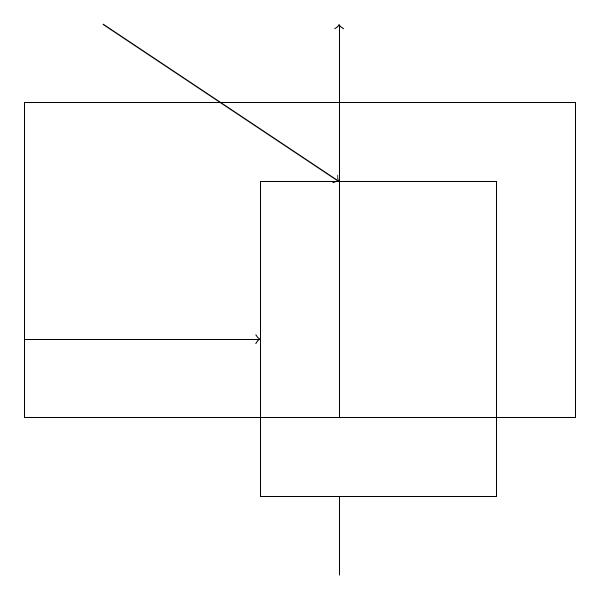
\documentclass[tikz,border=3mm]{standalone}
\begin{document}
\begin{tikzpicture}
\draw[->] (0,15) -- (3,15);
\draw[->] (1,19) -- (4,17);
\draw[->] (4,14) -- (4,19);
\draw (4,13) rectangle (4,12);
\draw (7,14) rectangle (0,18);
\draw (3,17) rectangle (6,13);
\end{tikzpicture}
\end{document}